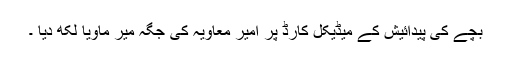
بچے کی پیدائیش کے میڈیکل کارڈ پر امیر معاویہ کی جگہ میر ماویا لکھ دیا ۔